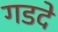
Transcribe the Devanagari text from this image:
गडदे